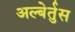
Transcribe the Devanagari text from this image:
अल्बेर्तुस